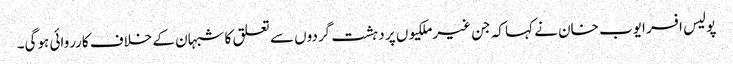
پولیس افسر ایوب خان نے کہا کہ جن غیرملکیوں پر دہشت گردوں سے تعلق کا شبہان کے خلاف کارروائی ہوگی۔